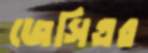
জেসিএর